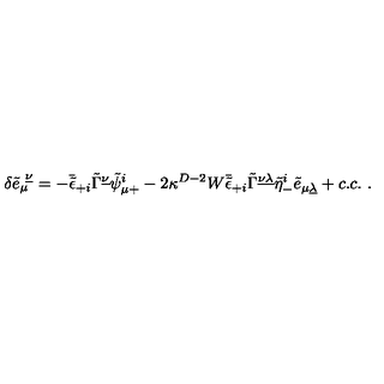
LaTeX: \delta { \tilde { e } } _ { \mu } ^ { \ \underline { \nu } } = - \bar { \tilde { \epsilon } } _ { + i } \tilde { \Gamma } ^ { \underline { \nu } } \tilde { \psi } _ { \mu + } ^ { i } - 2 \kappa ^ { D - 2 } W \bar { \tilde { \epsilon } } _ { + i } \tilde { \Gamma } ^ { \underline { { \nu \lambda } } } \tilde { \eta } _ { - } ^ { i } \tilde { e } _ { \mu \underline { \lambda } } + c . c . \ .